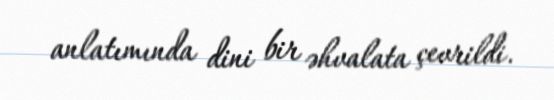
anlatımında dini bir əhvalata çevrildi.